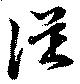
従